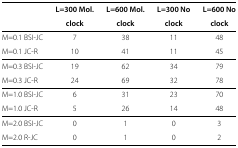
|  | L=300 Mol. clock | L=600 Mol. clock | L=300 No clock | L=600 No clock |
 | --- | --- | --- | --- | --- |
 | M=0.1 BSI-JC | 7 | 38 | 11 | 48 |
 | M=0.1 JC-R | 10 | 41 | 11 | 45 |
 | M=0.3 BSI-JC | 19 | 62 | 34 | 79 |
 | M=0.3 JC-R | 24 | 69 | 32 | 78 |
 | M=1.0 BSI-JC | 6 | 31 | 23 | 70 |
 | M=1.0 JC-R | 5 | 26 | 14 | 48 |
 | M=2.0 BSI-JC | 0 | 1 | 0 | 3 |
 | M=2.0 R-JC | 0 | 1 | 0 | 2 |